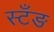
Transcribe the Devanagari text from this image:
स्टँङ